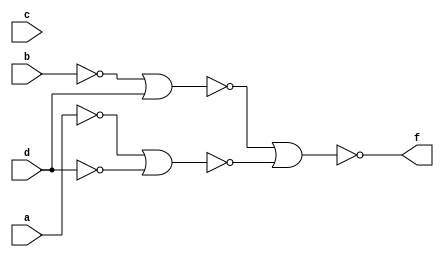
module prog1 (a, b, c, d, f);
input a, b, c, d;
output f;
nor (b1, b);
nor (d1, d);
nor (a1, a);
nor (k, b1, d);
nor (l, a1, d1);
nor (f, k, l);
endmodule